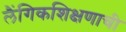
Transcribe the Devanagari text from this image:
लैंगिकशिक्षणाची